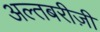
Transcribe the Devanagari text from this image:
अल्तबरीज़ी